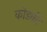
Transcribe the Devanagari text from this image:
कोडकी